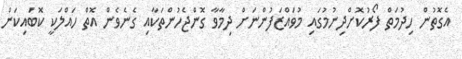
އެގޮތުން ހިދުމަތް ފޯރުކޮށްދިނުމުގައި މުވައްޒަފުންނަށް ދިމާވާ ގޮންޖެހުންތަކާއި ގެނެވެން އޮތް ހައްލަކީ ކޮބައިކަން